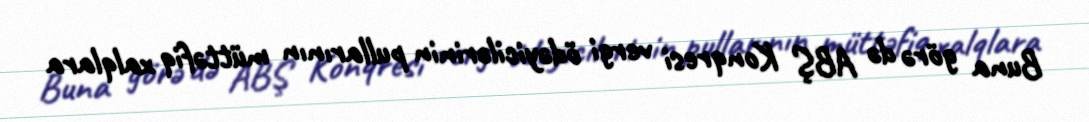
Buna görə də ABŞ Konqresi vergi ödəyicilərinin pullarının müttəfiq xalqlara